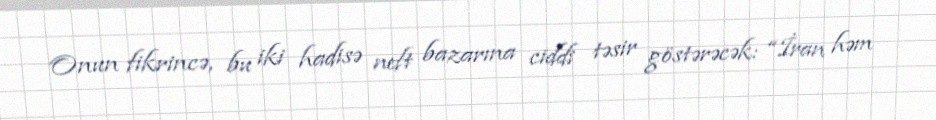
Onun fikrincə, bu iki hadisə neft bazarına ciddi təsir göstərəcək: “İran həm